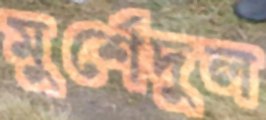
মুর্শেদুল